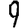
Digit: 9